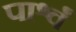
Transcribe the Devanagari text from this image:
पार्श्वं